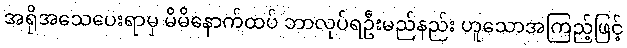
အရိုအသေပေးရာမှ မိမိနောက်ထပ် ဘာလုပ်ရဦးမည်နည်း ဟူသောအကြည့်ဖြင့်